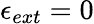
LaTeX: \epsilon_{ext}=0